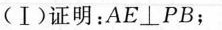
(Ⅰ)证明：AE\bot PB；